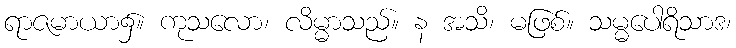
ရာဇမာယာ၌။ ကုသလော၊ လိမ္မာသည်။ န အသိ၊ မဖြစ်။ သမ္မပေါရိသာဒ၊